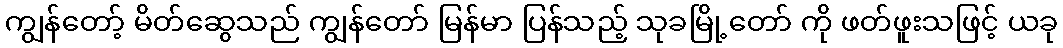
ကျွန်တော့် မိတ်ဆွေသည် ကျွန်တော် မြန်မာ ပြန်သည့် သုခမြို့တော် ကို ဖတ်ဖူးသဖြင့် ယခု